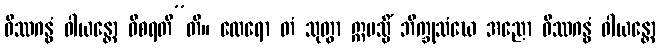
ဝိဿဂန္ဓံ ဝါယန္တော ဝိစရတီ”တိ။ ထေရော တံ သုတွာ ဣမသ္မိံ ဘိက္ခုသံဃေ အညော ဝိဿဂန္ဓံ ဝါယန္တော